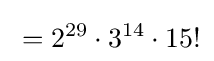
{}=2^{29}\cdot 3^{14}\cdot 15!